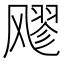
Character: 𮨵